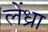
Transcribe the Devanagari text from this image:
लेंध्रा